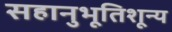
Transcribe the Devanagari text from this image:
सहानुभूतिशून्य